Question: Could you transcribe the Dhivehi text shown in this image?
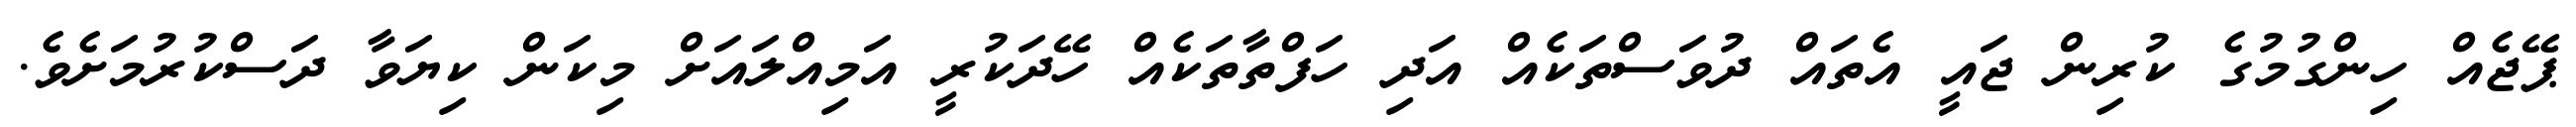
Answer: ޕޭޖެއް ހިންގުމުގެ ކުރިން ޖައީ އެތައް ދުވަސްތަކެއް އަދި ހަފްތާތަކެއް ހޭދަކުރީ އަމިއްލައަށް މިކަން ކިޔަވާ ދަސްކުރުމަށެވެ.